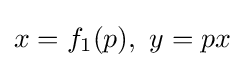
x=f_{1}(p),\ y=px